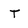
Character: T